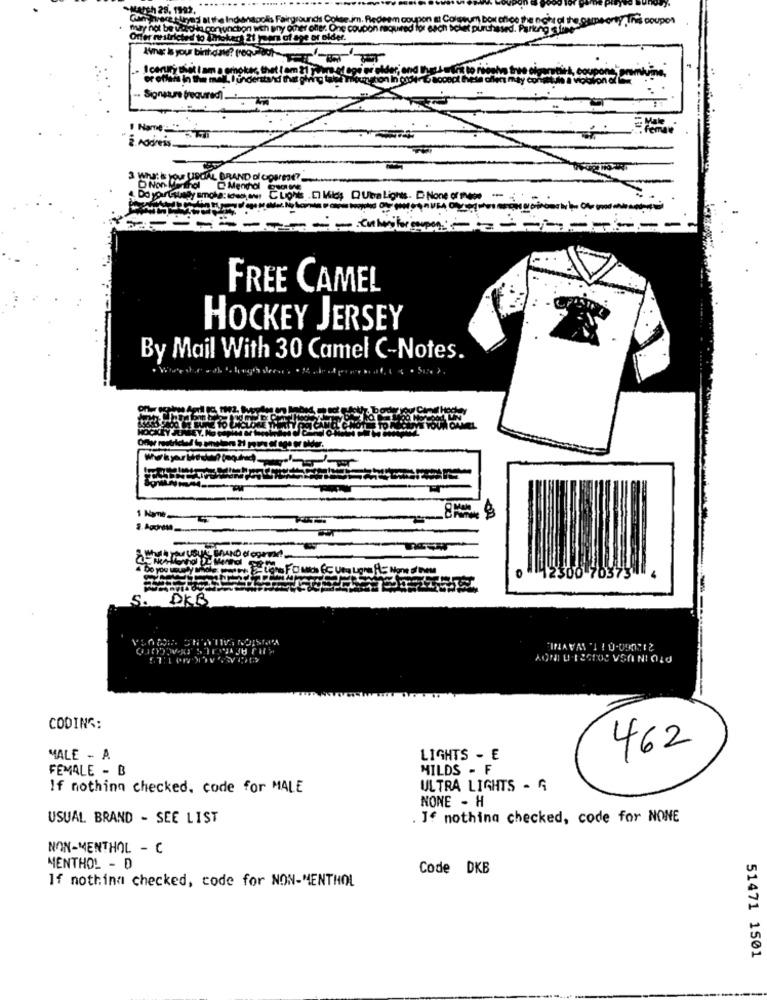
soupes
may not be vodka con unchon
& you bi
Signature required) ..
2. Address.
3 WANTS YOU LOCAL BRAND DI count?
Mentol
SONT CLONE DI kids QUbalights. None of mese
FREE CAMEL
HOCKEY JERSEY
By Mail With 30 Camel C-Notes.
teshe ath 's high deca
LEY. NO
1 Name
12300
0373
S.
DKB
213060-011. WAYTAI.
AONI DEESTOC VSANIOLO
CODING:
462
MALE - A
LIGHTS - E
FEMALE - B
MILDS - F
If nothing checked, code for MALE
ULTRA LIGHTS - A
NONE - H
USUAL BRAND - SEE LIST
. If nothing checked, code for NONE
NON-MENTHOL - C
MENTHOL - D
Code DKB
If nothing checked, code for NON-MENTHOL
51471 1501